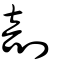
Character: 剖